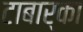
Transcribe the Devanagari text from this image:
टाबार्का